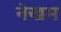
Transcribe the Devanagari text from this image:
नेखम